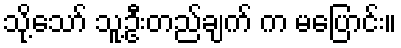
သို့သော် သူ့ဦးတည်ချက် က မပြောင်း။